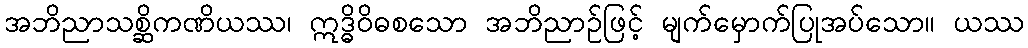
အဘိညာသစ္ဆိကဏိယဿ၊ ဣဒ္ဓိဝိဓစသော အဘိညာဉ်ဖြင့် မျက်မှောက်ပြုအပ်သော။ ယဿ